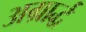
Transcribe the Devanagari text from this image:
अग्रार्द्ध